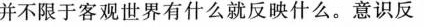
并不限于客观世界有什么就反映什么。意识反